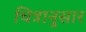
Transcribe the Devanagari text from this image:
चित्रानुसार